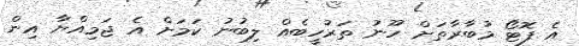
އެ ފޮޓޯ މުބާރާތަށް ހޫނު ތަރުހީބެއް ލިބުނު ކަމަށް އެ ޖަމިއްޔާ އިން